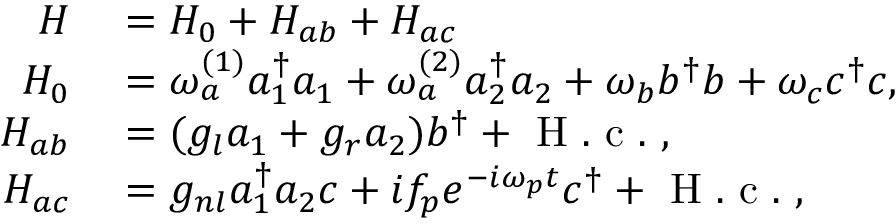
\begin{array} { r l } { H } & { { } = H _ { 0 } + H _ { a b } + H _ { a c } } \\ { H _ { 0 } } & { { } = \omega _ { a } ^ { ( 1 ) } a _ { 1 } ^ { \dagger } a _ { 1 } + \omega _ { a } ^ { ( 2 ) } a _ { 2 } ^ { \dagger } a _ { 2 } + \omega _ { b } b ^ { \dagger } b + \omega _ { c } c ^ { \dagger } c , } \\ { H _ { a b } } & { { } = ( g _ { l } a _ { 1 } + g _ { r } a _ { 2 } ) b ^ { \dagger } + \mathrm { ~ H ~ . ~ c ~ . ~ } , } \\ { H _ { a c } } & { { } = g _ { n l } a _ { 1 } ^ { \dagger } a _ { 2 } c + i f _ { p } e ^ { - i \omega _ { p } t } c ^ { \dagger } + \mathrm { ~ H ~ . ~ c ~ . ~ } , } \end{array}